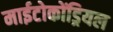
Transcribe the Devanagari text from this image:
माईटोकोंड्रियल